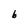
Character: b